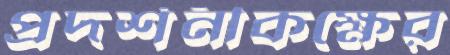
প্রদর্শনীকক্ষের